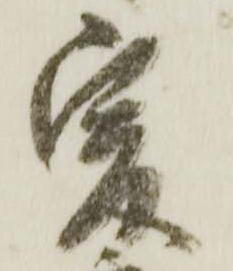
爰